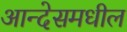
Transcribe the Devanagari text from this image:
आन्देसमधील